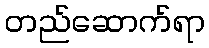
တည်ဆောက်ရာ